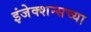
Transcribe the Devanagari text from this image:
इंजेक्शन्सच्या